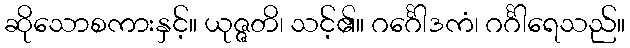
ဆိုသောစကားနှင့်။ ယုဇ္ဇတိ၊ သင့်၏။ ဂင်္ဂေါဒကံ၊ ဂင်္ဂါရေသည်။